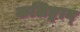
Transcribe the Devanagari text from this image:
कलिङ्गान्‌